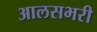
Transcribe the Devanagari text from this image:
आलसभरी